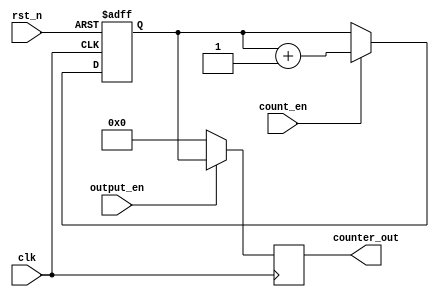
module synchronous_counter (
    input wire clk,                // Clock input
    input wire rst_n,              // Asynchronous reset (active low)
    input wire count_en,           // Count enable input
    input wire output_en,          // Output enable input
    output reg [3:0] counter_out   // 4-bit output for the counter value
);

    // Counter state register
    reg [3:0] counter_state;       // 4-bit counter state register

    // Always block for counter logic
    always @(posedge clk or negedge rst_n) begin
        if (!rst_n) begin
            counter_state <= 4'b0000;  // Reset to initial state (zero)
        end else if (count_en) begin
            counter_state <= counter_state + 1;  // Increment counter state
        end
        // If count_en is not asserted, retain the current state
    end

    // Always block for output control logic
    always @(posedge clk) begin
        if (output_en) begin
            counter_out <= counter_state;  // Output current counter value
        end else begin
            counter_out <= 4'b0000;        // Default output state (zero)
            // Alternatively, you could retain the last valid value instead
        end
    end

endmodule